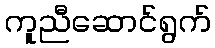
ကူညီဆောင်ရွက်